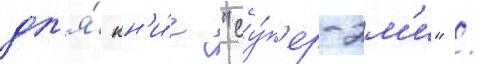
дл'я́ кн'и́г "су́п'ер-эм'и" /